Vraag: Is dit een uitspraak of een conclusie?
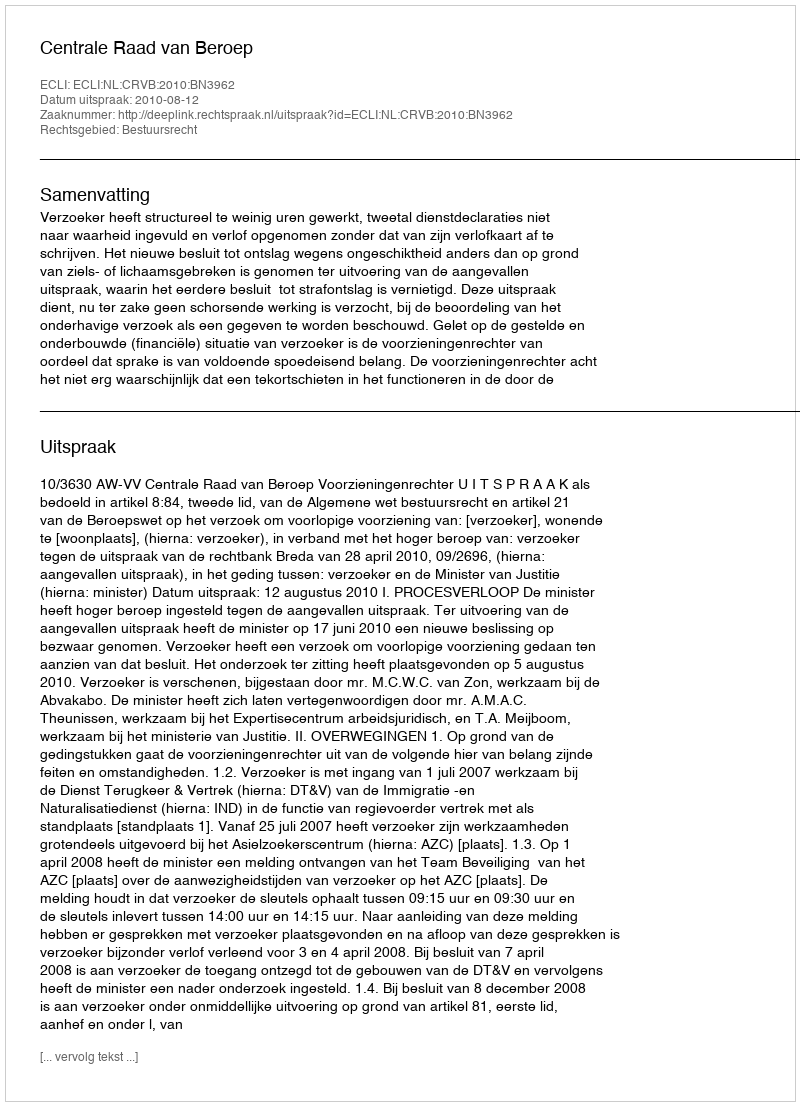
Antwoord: Uitspraak